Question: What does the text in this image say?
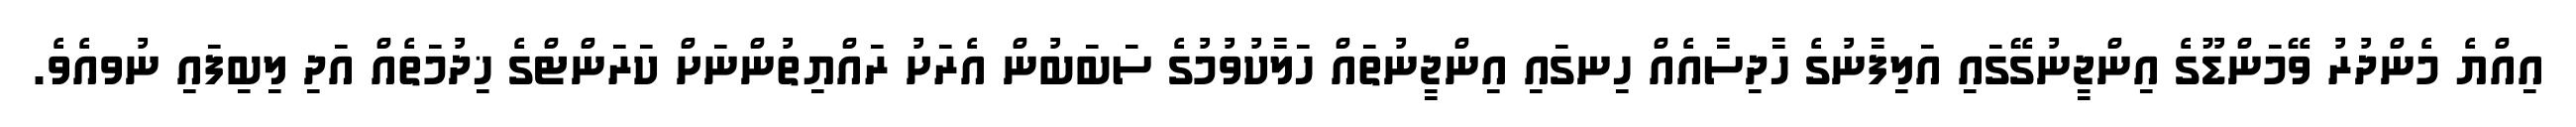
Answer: އިއްޔެ މެންދުރު ވޭމަންޑޫގެ އިންޖީނުގޭގައި އަލިފާނުގެ ހާދިސާއެއް ހިނގައި އިންޖީނުތައް ހަލާކުވުމުގެ ސަބަބުން އެރަށު ރައްޔިތުންނަށް ކަރަންޓްގެ ޚިދުމަތެއް އަދި ލިބިފައި ނުވއެވެ.